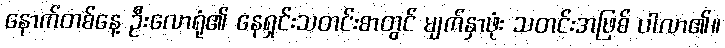
နောက်တစ်နေ့ ဦးလောရုံ၏ နေရှင်းသတင်းစာတွင် မျက်နှာဖုံး သတင်းအဖြစ် ပါလာ၏။